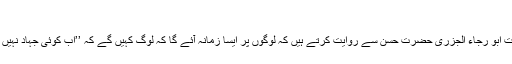
)
حضرت ابو رجاء الجزری حضرت حسن سے روایت کرتے ہیں کہ لوگوں پر ایسا زمانہ آئے گا کہ لوگ کہیں گے کہ ’’اب کوئی جہاد نہیں ہے ‘‘۔